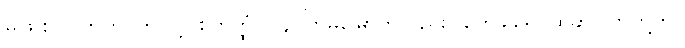
မဖြူစင်။ ဣတိ၊ ဤသို့။ စတုတ္ထံပိ၊ ၄-ကြိမ်မြောက်လည်း။ တေခါရေ၊ ထိုဆပ်ပြာတို့ကို။